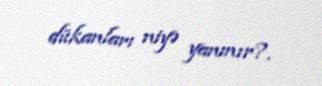
dükanları niyə yanmır?.